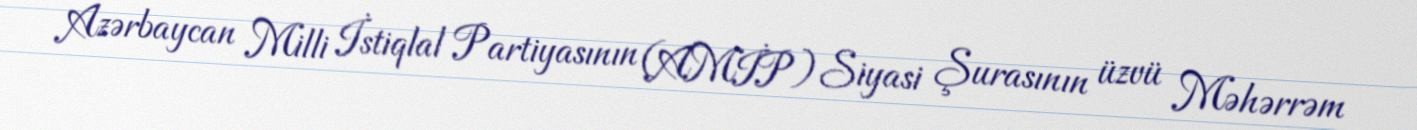
Azərbaycan Milli İstiqlal Partiyasının (AMİP) Siyasi Şurasının üzvü Məhərrəm